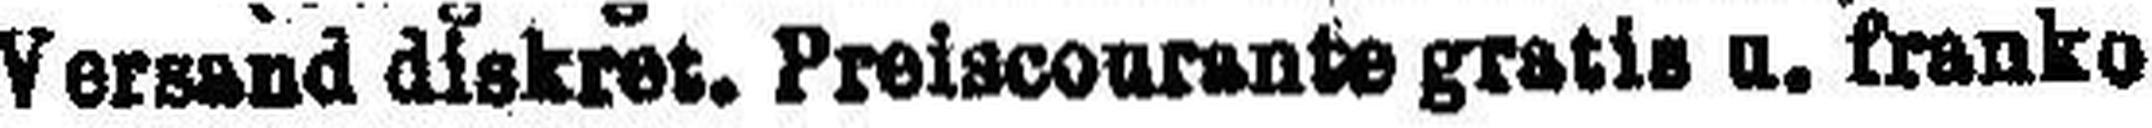
Versand diskret. Preiscourante gratis u. franko